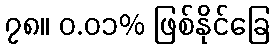
၇၈။ ၀.၀၁% ဖြစ်နိုင်ခြေ